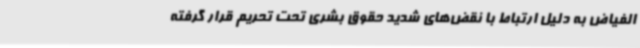
الفیاض به دلیل ارتباط با نقض‌های شدید حقوق بشری تحت تحریم قرار گرفته